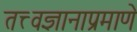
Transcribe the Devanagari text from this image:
तत्त्वज्ञानाप्रमाणे